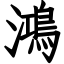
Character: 鴻